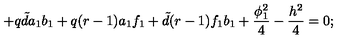
+ q { \tilde { d } } a _ { 1 } b _ { 1 } + q ( r - 1 ) a _ { 1 } f _ { 1 } + { \tilde { d } } ( r - 1 ) f _ { 1 } b _ { 1 } + \frac { \phi _ { 1 } ^ { 2 } } { 4 } - \frac { h ^ { 2 } } { 4 } = 0 ;